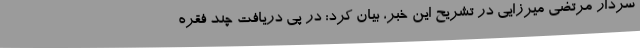
سردار مرتضی میرزایی در تشریح این خبر، بیان کرد: در پی دریافت چند فقره